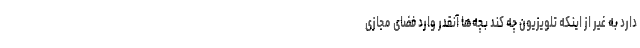
دارد به غیر از اینکه تلویزیون چه کند بچه‌ها آنقدر وارد فضای مجازی